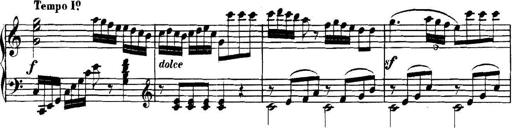
Title: Collected Piano Sonatas
Composer: Muzio Clementi